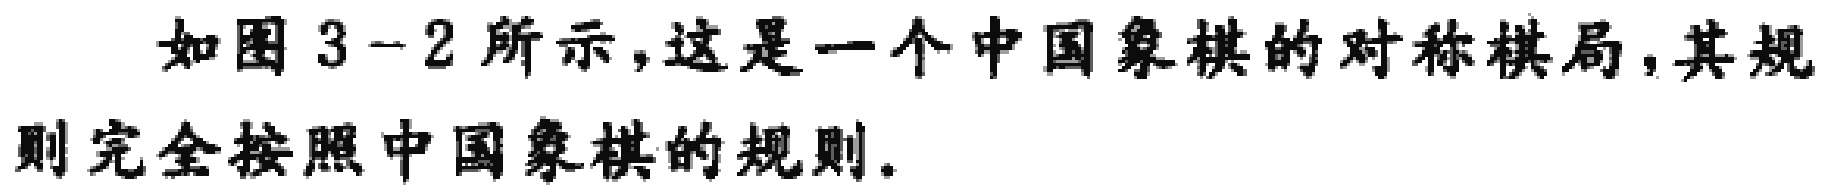
如图3-2所示，这是一个中国象棋的对称棋局，其规则完全按照中国象棋的规则。